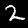
Digit: 2